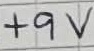
Text: +9V